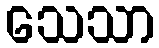
သေသာ